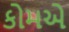
કોમએ